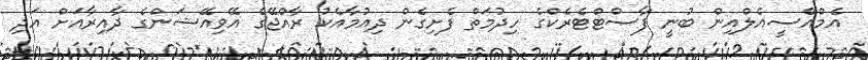
އެމްއޭސީއެލްއިން ބުނީ ފާސްޓްޓެރެކްގެ ހިދުމަތް ފެށިގެން ދިއުމާއެކު ރާއްޖޭގެ އޭވިއޭޝަންގެ ދާއިރާއަށް އަދި